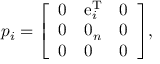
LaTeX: p _ { i } = { \left[ \begin{array} { l l l } { 0 } & { \operatorname { e } _ { i } ^ { \mathrm { T } } } & { 0 } \\ { 0 } & { 0 _ { n } } & { 0 } \\ { 0 } & { 0 } & { 0 } \end{array} \right] } ,